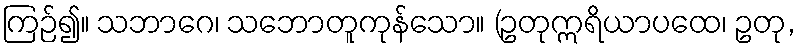
ကြဉ်၍။ သဘာဂေ၊ သဘောတူကုန်သော။ (ဥတုဣရိယာပထေ၊ ဥတု,